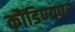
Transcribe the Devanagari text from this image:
कौंडिण्यपुर